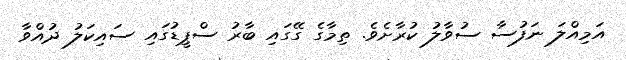
އަމިއްލަ ނަފުސާ ސުވާލު ކުރާށެވެ. ތިމާގެ ގޭގައި ބާރު ސްޕީޑުގައި ސައިކަލު ދުއްވާ